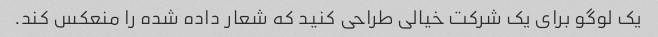
یک لوگو برای یک شرکت خیالی طراحی کنید که شعار داده شده را منعکس کند.